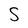
Character: S